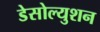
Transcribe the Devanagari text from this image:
डेसोल्युशन